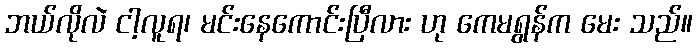
ဘယ်လိုလဲ ငါ့လူရ၊ မင်းနေကောင်းပြီလား ဟု ကေမရွန်က မေး သည်။